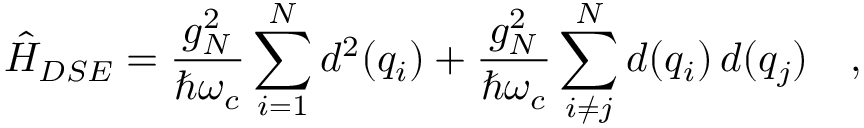
\hat { H } _ { D S E } = \frac { g _ { N } ^ { 2 } } { \hbar \omega _ { c } } \sum _ { i = 1 } ^ { N } d ^ { 2 } ( q _ { i } ) + \frac { g _ { N } ^ { 2 } } { \hbar \omega _ { c } } \sum _ { i \neq j } ^ { N } d ( q _ { i } ) \, d ( q _ { j } ) \quad ,